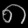
Digit: ၈